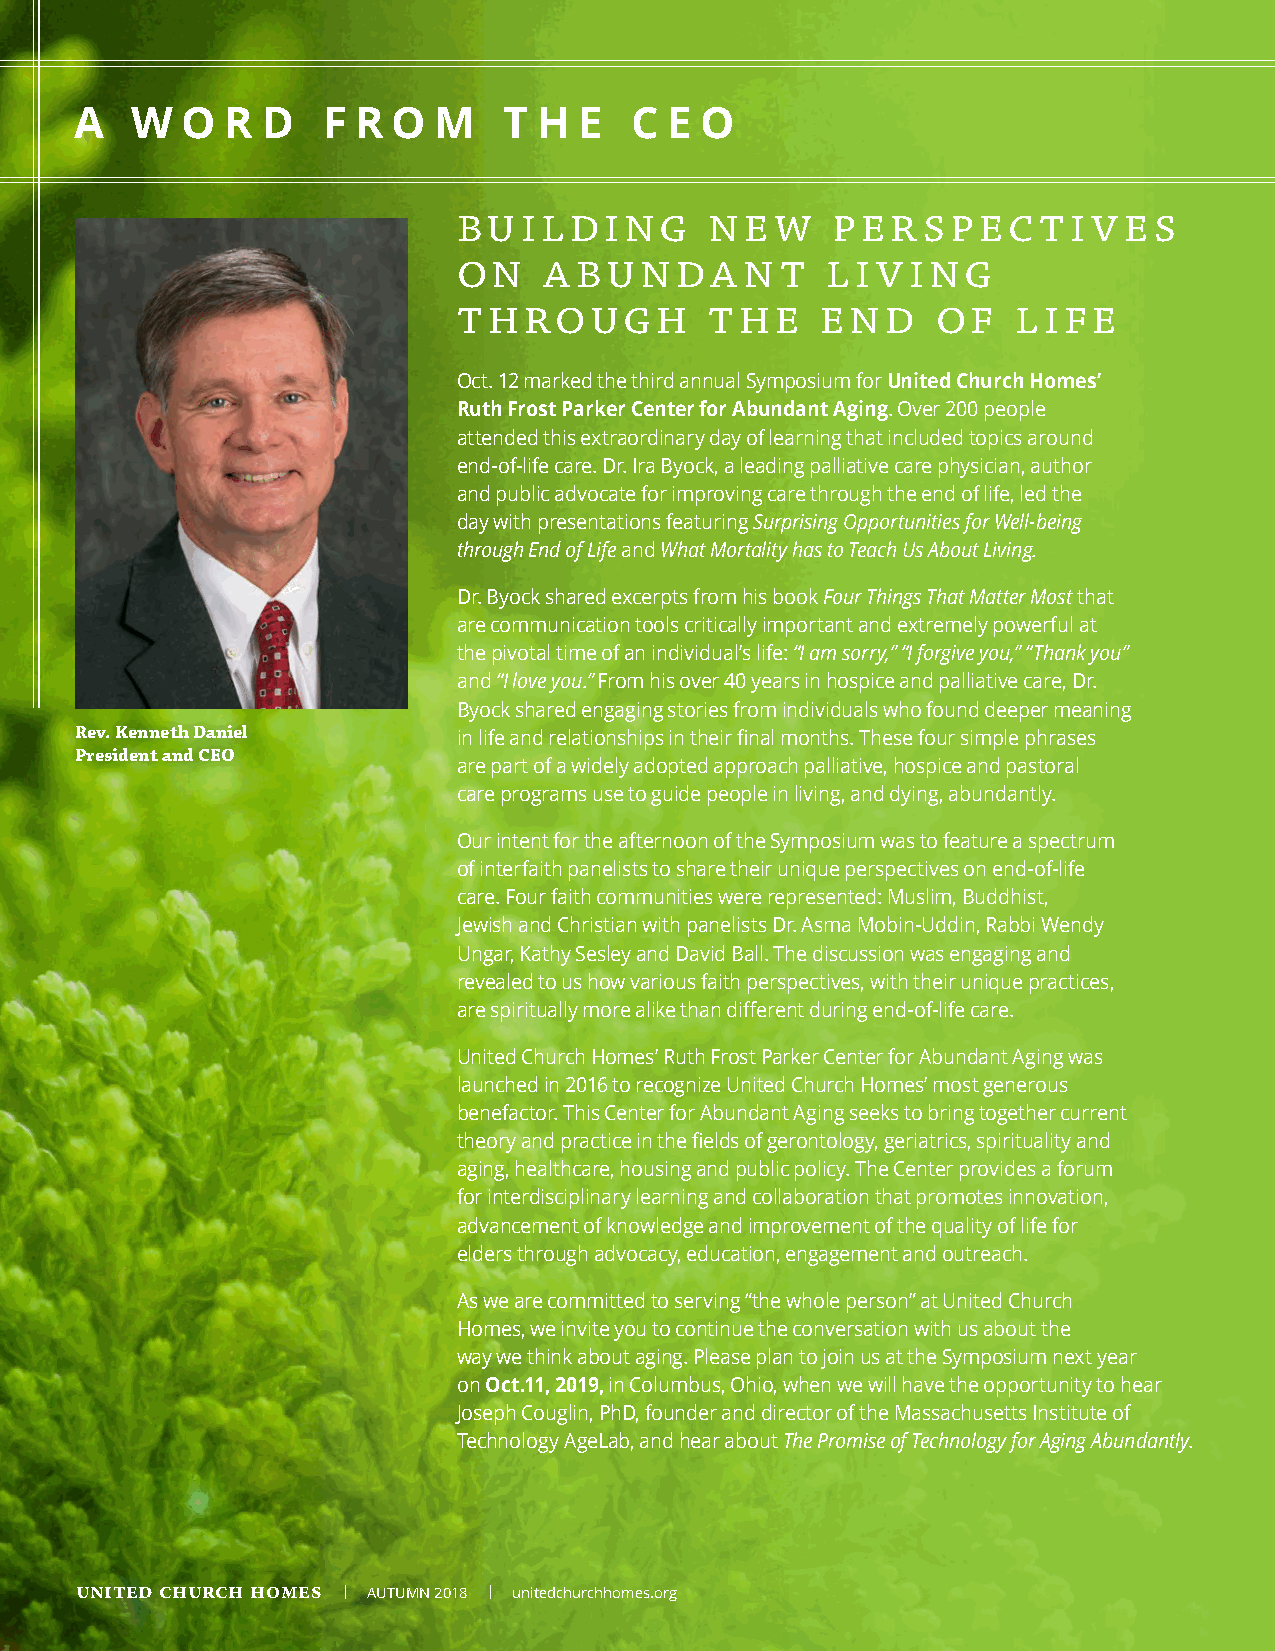
A   W  O  R D   F R  O  M   T  H E   C E O
 BUILDING         NEW     PERSPECTIVES
 ON    ABUNDANT           LIVING
 THROUGH          THE    END     OF   LIFE
 Oct. 12 marked the third annual Symposium for United Church Homes’
 Ruth Frost Parker Center for Abundant Aging. Over 200 people
 attended this extraordinary day of learning that included topics around
 end-of-life care. Dr. Ira Byock, a leading palliative care physician, author
 and public advocate for improving care through the end of life, led the
 day with presentations featuring Surprising Opportunities for Well-being
 through End of Life and What Mortality has to Teach Us About Living.
 Dr. Byock shared excerpts from his book Four Things That Matter Most that
 are communication tools critically important and extremely powerful at
 the pivotal time of an individual’s life: “I am sorry,” “I forgive you,” “Thank you”
 and “I love you.” From his over 40 years in hospice and palliative care, Dr.
 Byock shared engaging stories from individuals who found deeper meaning
 Rev. Kenneth Daniel      in life and relationships in their final months. These four simple phrases
 President and CEO
 are part of a widely adopted approach palliative, hospice and pastoral
 care programs use to guide people in living, and dying, abundantly.
 Our intent for the afternoon of the Symposium was to feature a spectrum
 of interfaith panelists to share their unique perspectives on end-of-life
 care. Four faith communities were represented: Muslim, Buddhist,
 Jewish and Christian with panelists Dr. Asma Mobin-Uddin, Rabbi Wendy
 Ungar, Kathy Sesley and David Ball. The discussion was engaging and
 revealed to us how various faith perspectives, with their unique practices,
 are spiritually more alike than different during end-of-life care.
 United Church Homes’ Ruth Frost Parker Center for Abundant Aging was
 launched in 2016 to recognize United Church Homes’ most generous
 benefactor. This Center for Abundant Aging seeks to bring together current
 theory and practice in the fields of gerontology, geriatrics, spirituality and
 aging, healthcare, housing and public policy. The Center provides a forum
 for interdisciplinary learning and collaboration that promotes innovation,
 advancement of knowledge and improvement of the quality of life for
 elders through advocacy, education, engagement and outreach.
 As we are committed to serving “the whole person” at United Church
 Homes, we invite you to continue the conversation with us about the
 way we think about aging. Please plan to join us at the Symposium next year
 on Oct.11, 2019, in Columbus, Ohio, when we will have the opportunity to hear
 Joseph Couglin, PhD, founder and director of the Massachusetts Institute of
 Technology AgeLab, and hear about The Promise of Technology for Aging Abundantly.
 UNITED CHURCH HOMES | AUTUMN 2018 | unitedchurchhomes.org